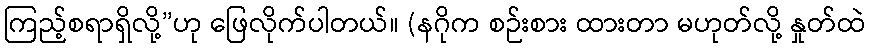
ကြည့်စရာရှိလို့”ဟု ဖြေလိုက်ပါတယ်။ (နဂိုက စဉ်းစား ထားတာ မဟုတ်လို့ နှုတ်ထဲ